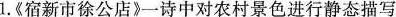
1《宿新市徐公店》一诗中对农村景色进行静态描写